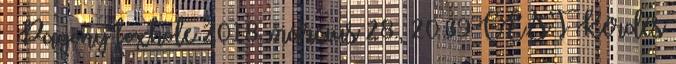
– Pagony foxhole 2018. március 28., 20:39 CEST Kérdés